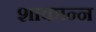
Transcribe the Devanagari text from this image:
शाकान्न